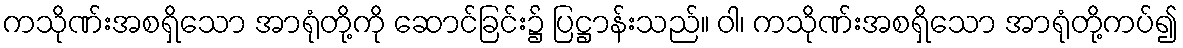
ကသိုဏ်းအစရှိသော အာရုံတို့ကို ဆောင်ခြင်း၌ ပြဋ္ဌာန်းသည်။ ဝါ၊ ကသိုဏ်းအစရှိသော အာရုံတို့ကပ်၍